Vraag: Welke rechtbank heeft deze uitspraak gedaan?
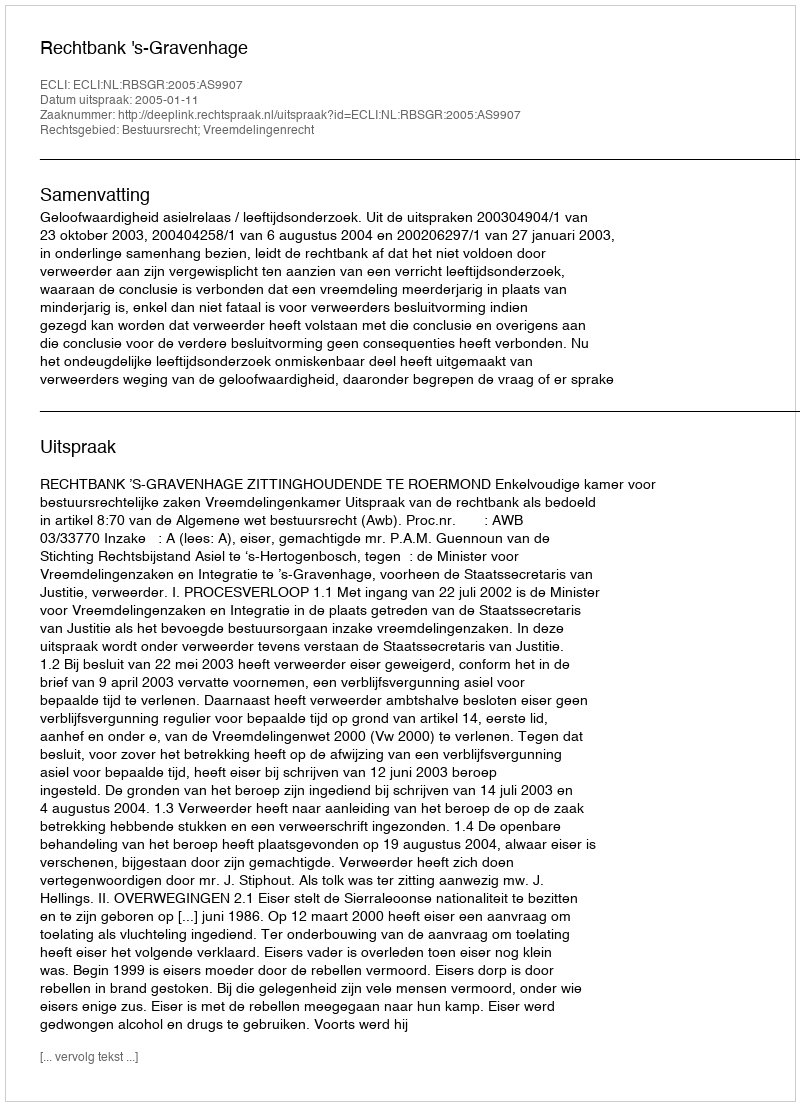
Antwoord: Rechtbank 's-Gravenhage